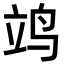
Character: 𫁡